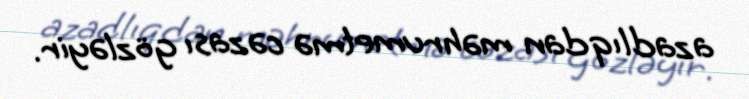
azadlıqdan məhrumetmə cəzası gözləyir.